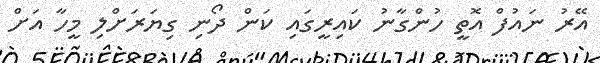
އޭރު ނައުފް އޮތީ ހުންގާނު ކައިރީގައި ކަން ދޯނި ގިޔަރަށްލި މީހާ އަށް